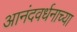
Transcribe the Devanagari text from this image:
आनंदवर्धनाच्या